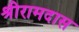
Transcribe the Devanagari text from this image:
श्रीरामदास